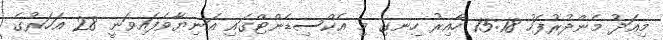
މިއަދު މެންދުރުފަހު 15:18 ހާއިރު ހިނގި މި އެކްސިޑެންޓްގައި އަނިޔާވެފައިވަނީ 28 އަހަރުގެ